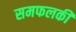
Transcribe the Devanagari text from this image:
समफलकी